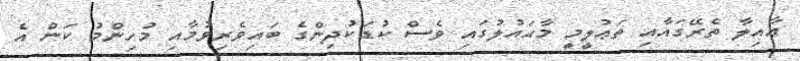
ޢާއިލާ ތެރޭގައާއި ތަޢުލީމީ މާޙައުލުގައި ވެސް ކުޑަކުދިންގެ ބައިވެރިވުމާއި މުހިންމު ކަން އެ